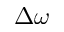
\Delta \omega